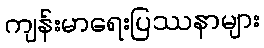
ကျန်းမာရေးပြဿနာများ